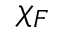
\= \chi _ { \/ F }